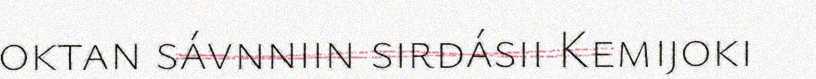
oktan sávnniin sirdásii Kemijoki